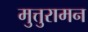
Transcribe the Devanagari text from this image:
मुत्तुरामन